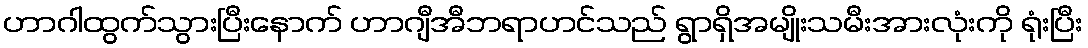
ဟာဂါထွက်သွားပြီးနောက် ဟာဂျီအီဘရာဟင်သည် ရွာရှိအမျိုးသမီးအားလုံးကို ရုံးပြီး